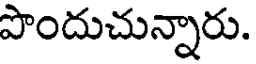
పొందుచున్నారు.